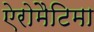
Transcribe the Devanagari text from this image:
ऐरोमैटिमा